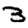
Digit: 3